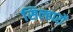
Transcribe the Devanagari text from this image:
सिल्हारों